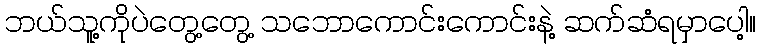
ဘယ်သူ့ကိုပဲတွေ့တွေ့ သဘောကောင်းကောင်းနဲ့ ဆက်ဆံရမှာပေါ့။